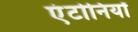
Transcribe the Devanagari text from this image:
एंटोनियों